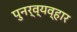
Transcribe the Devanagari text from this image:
पुनर्व्यव्हार